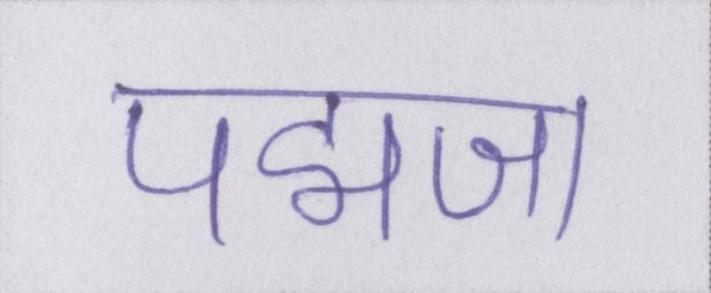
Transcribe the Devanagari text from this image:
पद्मजा